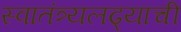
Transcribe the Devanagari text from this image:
स्वातंत्र्यलढ्याची